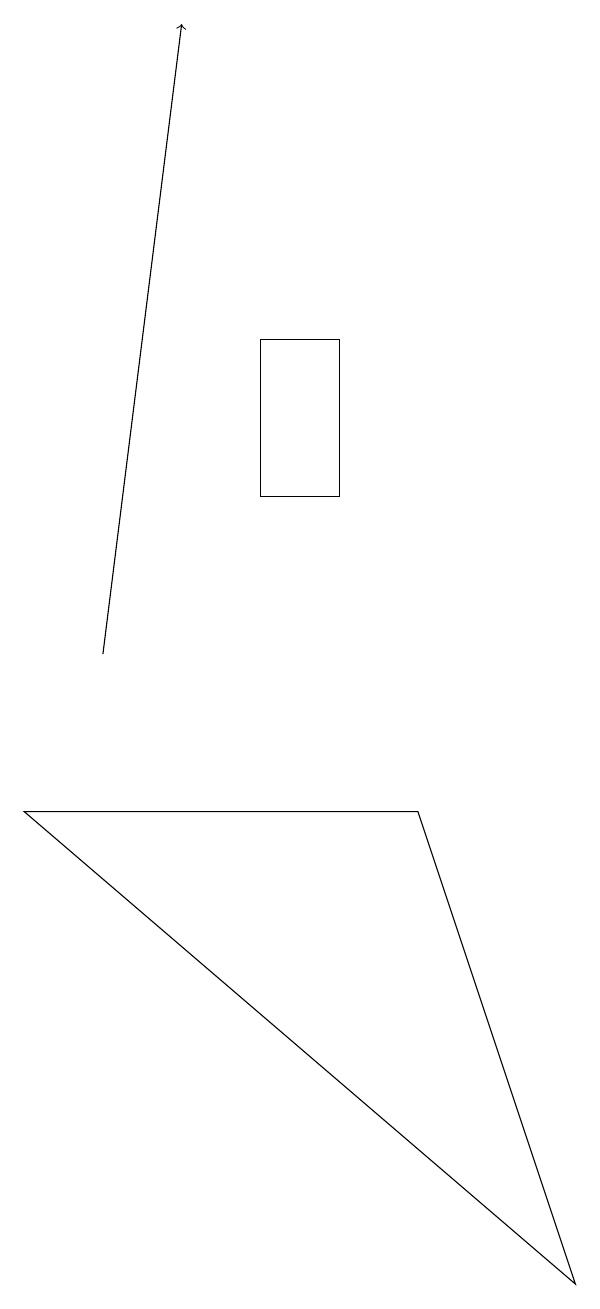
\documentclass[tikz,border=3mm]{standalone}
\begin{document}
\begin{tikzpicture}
\draw (1,9) -- (8,3) -- (6,9) -- cycle;
\draw[->] (2,11) -- (3,19);
\draw (5,15) rectangle (4,13);
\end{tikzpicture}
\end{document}